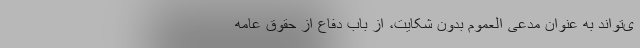
ی‌تواند به عنوان مدعی العموم بدون شکایت، از باب دفاع از حقوق عامه